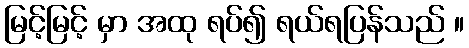
မြင့်မြင့် မှာ အထု ရပ်၍ ရယ်ရပြန်သည် ။